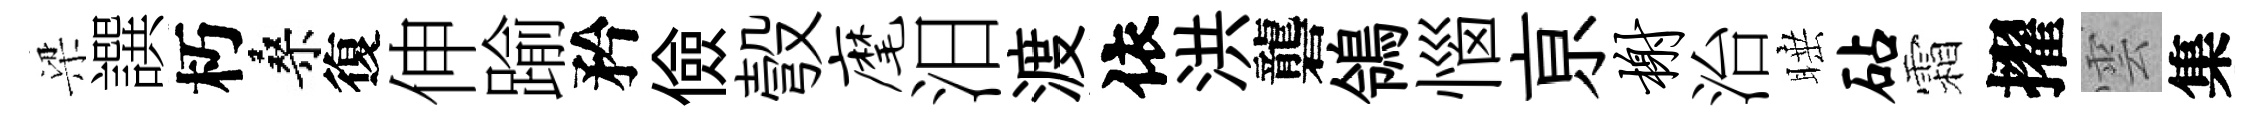
梁譔朽桑復伸踰矜儉彀麾汨渡依洪礱鴒惱亰榭治睡砧霜擢雲集